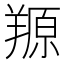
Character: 羱